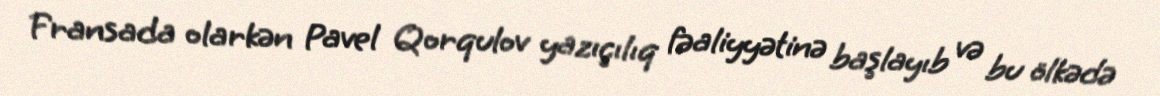
Fransada olarkən Pavel Qorqulov yazıçılıq fəaliyyətinə başlayıb və bu ölkədə